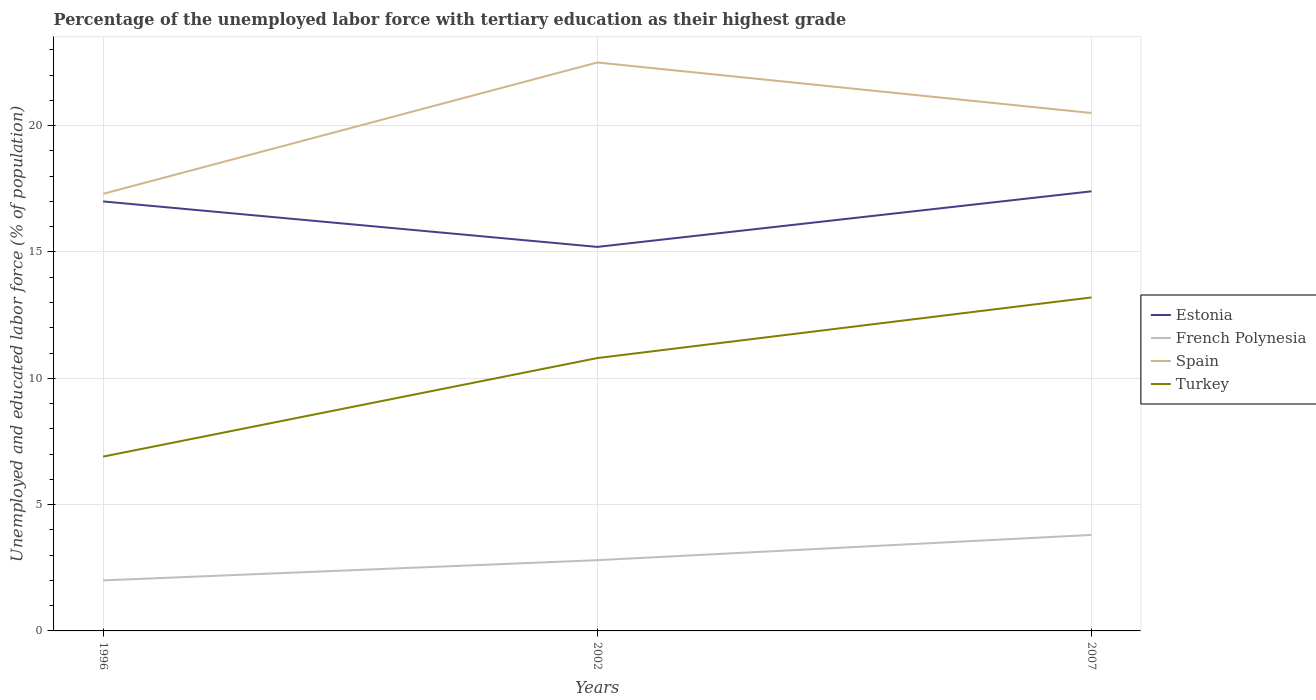
| Years | Estonia | French Polynesia | Spain | Turkey |
 | --- | --- | --- | --- | --- |
 | 1996 | 17 | 2 | 17.3 | 6.9 |
 | 2002 | 15.2 | 2.8 | 22.5 | 10.8 |
 | 2007 | 17.4 | 3.8 | 20.5 | 13.2 |